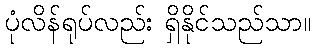
ပုံလိန်ရုပ်လည်း ရှိနိုင်သည်သာ။